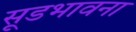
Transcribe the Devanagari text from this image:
सूडभावना